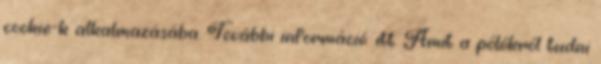
cookie-k alkalmazásába. További információ: itt. Amit a pólókról tudni